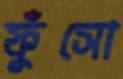
ফুঁসো